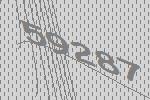
59287